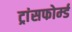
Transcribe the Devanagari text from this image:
ट्रांसफोर्म्ड